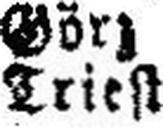
Triest